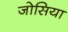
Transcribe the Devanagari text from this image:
जोसिया